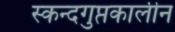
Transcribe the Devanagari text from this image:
स्कन्दगुप्तकालीन